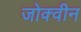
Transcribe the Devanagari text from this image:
जोक्वीन